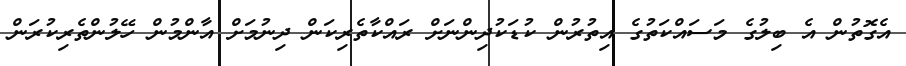
އެގޮތުން އެ ބިލުގެ މަސައްކަތުގެ އިތުރުން ކުޑަކުދިންނަށް ރައްކާތެރިކަން ދިނުމަށް އާންމުން ހޭލުންތެރިކުރަން